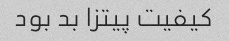
کیفیت پیتزا بد بود